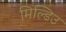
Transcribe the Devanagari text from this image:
मिल्डिउ